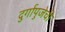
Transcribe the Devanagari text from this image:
दुर्गापुजेची